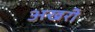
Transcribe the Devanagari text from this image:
अखरी